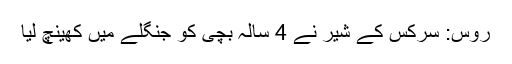
روس: سرکس کے شیر نے 4 سالہ بچی کو جنگلے میں کھینچ لیا